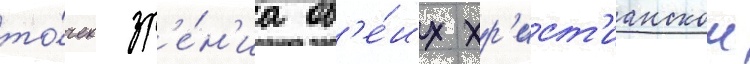
то́чек зр'е́н'иа об'е́их хр'ист'ианскои